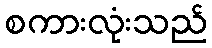
စကားလုံးသည်